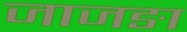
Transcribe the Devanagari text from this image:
जाजङा